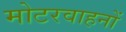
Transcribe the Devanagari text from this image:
मोटरवाहनों